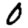
Digit: 0